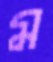
ম